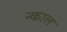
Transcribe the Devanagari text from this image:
न्काल